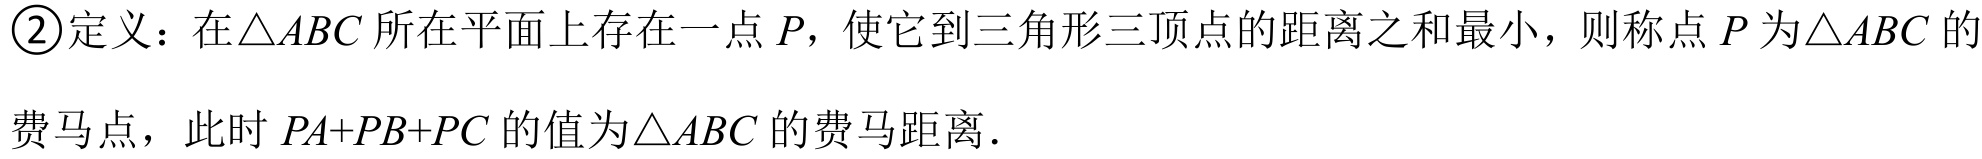
\textcircled{2}定义：在\(\triangle ABC\)所在平面上存在一点\(P\)，使它到三角形三顶点的距离之和最小，则称点\(P\)为\(\triangle ABC\)的费马点，此时\(PA + PB + PC\)的值为\(\triangle ABC\)的费马距离．